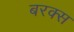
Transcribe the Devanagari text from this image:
बरक्‍स